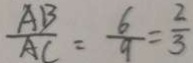
\frac { A B } { A C } = \frac { 6 } { 9 } = \frac { 2 } { 3 }